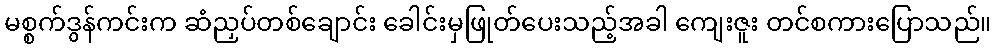
မစ္စက်ဒွန်ကင်းက ဆံညှပ်တစ်ချောင်း ခေါင်းမှဖြုတ်ပေးသည့်အခါ ကျေးဇူး တင်စကားပြောသည်။